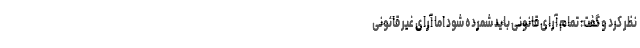
نظر کرد و گفت: تمام آرای قانونی باید شمرده شود اما آرای غیر قانونی